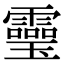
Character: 𩆜